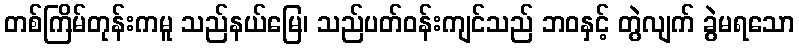
တစ်ကြိမ်တုန်းကမူ သည်နယ်မြေ၊ သည်ပတ်ဝန်းကျင်သည် ဘဝနှင့် တွဲလျက် ခွဲမရသော